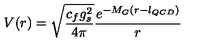
V ( r ) = \sqrt { \frac { c _ { f } g _ { s } ^ { 2 } } { 4 \pi } } \frac { e ^ { - M _ { G } ( r - l _ { Q C D } ) } } { r }